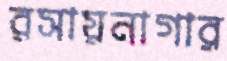
রসায়নাগার